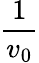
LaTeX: \frac{1}{v_{0}}